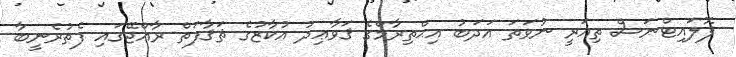
ޕޮލައިޓްނަސް ތިއަރީ ނުވަތަ އަދަބު އިޙްތިރާމްގެ ޤަވާޢިދު އުކާޒުގެ ޘަޤާފަތް ރާއްޖޭގައި ފެތުރެނީބާ